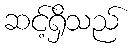
ဆင့်ရှိသည်